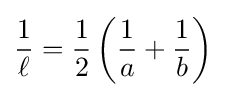
{\frac {1}{\ell }}={\frac {1}{2}}\left({\frac {1}{a}}+{\frac {1}{b}}\right)